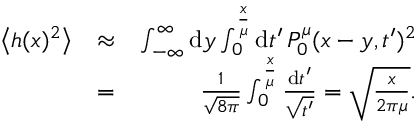
\begin{array} { r l r } { \left< h ( x ) ^ { 2 } \right> } & { \approx } & { \int _ { - \infty } ^ { \infty } \mathrm { d } y \int _ { 0 } ^ { \frac x \mu } \mathrm { d } t ^ { \prime } \, P _ { 0 } ^ { \mu } ( x - y , t ^ { \prime } ) ^ { 2 } } \\ & { = } & { \frac { 1 } { \sqrt { 8 \pi } } \int _ { 0 } ^ { \frac x \mu } \frac { \mathrm { d } t ^ { \prime } } { \sqrt { t ^ { \prime } } } = \sqrt { \frac { x } { 2 \pi \mu } } . } \end{array}